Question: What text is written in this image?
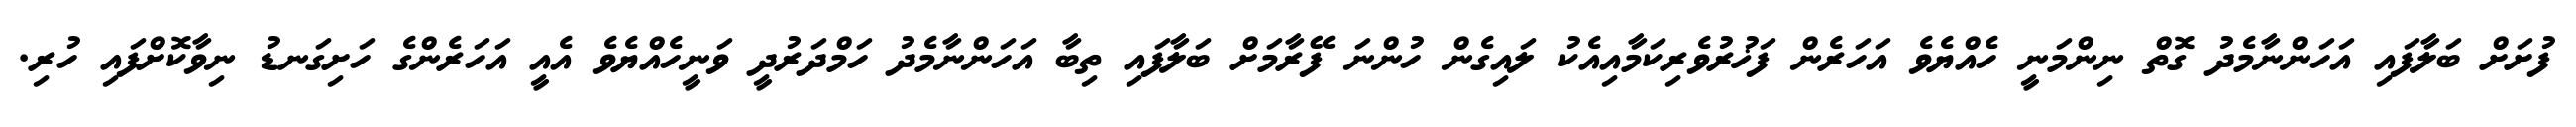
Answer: ފުށަށް ބަލާފައި އަހަންނާމެދު ގޮތް ނިންމަނީ ހެއްޔެވެ އަހަރެން ފަޚުރުވެރިކަމާއިއެކު ލައިގެން ހުންނަ ފޭރާމަށް ބަލާފައި ތިބާ އަހަންނާމެދު ހަމްދަރުދީ ވަނީހެއްޔެވެ އެއީ އަހަރެންގެ ހަށިގަނޑު ނިވާކޮށްފައި ހުރި.